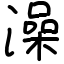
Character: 澡